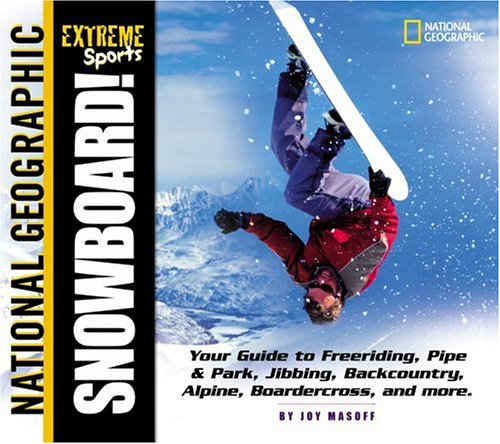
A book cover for Extreme Sports: Snowboard!; Joy Masoff; Sports & Outdoors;